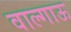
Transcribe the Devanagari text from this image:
वाल्गाऊ